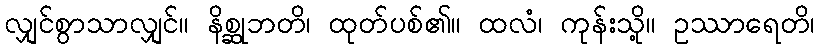
လျှင်စွာသာလျှင်။ နိစ္ဆုဘတိ၊ ထုတ်ပစ်၏။ ထလံ၊ ကုန်းသို့။ ဥဿာရေတိ၊